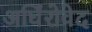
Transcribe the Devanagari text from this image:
अर्घिंरोवेद